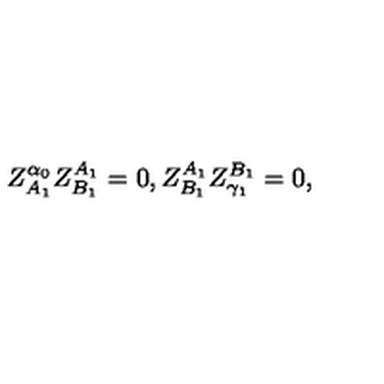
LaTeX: Z _ { A _ { 1 } } ^ { \alpha _ { 0 } } Z _ { B _ { 1 } } ^ { A _ { 1 } } = 0 , Z _ { B _ { 1 } } ^ { A _ { 1 } } Z _ { \gamma _ { 1 } } ^ { B _ { 1 } } = 0 ,